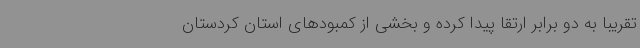
تقریباً به دو برابر ارتقا پیدا کرده و بخشی از کمبودهای استان کردستان